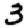
Digit: 3